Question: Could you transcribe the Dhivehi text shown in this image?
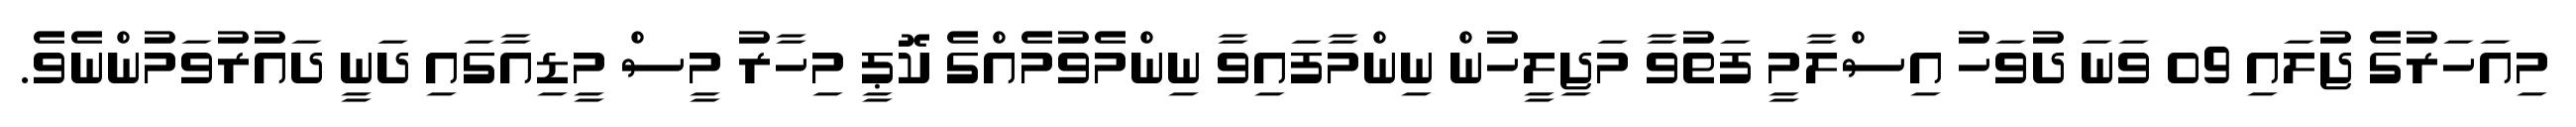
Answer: މިއަހަރުގެ ޖުލައި 09 ވަނަ ދުވަހު އިސްލާމީ ފަތުވާ މަޖިލީހުން ނިންމާފައިވާ ނިންމެވުމެއްގެ ކޮޕީ މިހާރު މީސް މީޑިއާގައި ދަނީ ދައުރުވަމުންނެވެ.